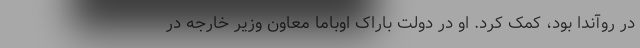
در روآندا بود، کمک کرد. او در دولت باراک اوباما معاون وزیر خارجه در